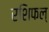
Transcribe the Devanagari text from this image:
रशिफल्